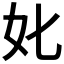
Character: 𡚨